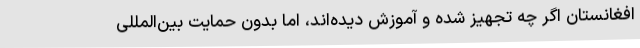
افغانستان اگر چه تجهیز شده و آموزش دیده‌اند، اما بدون حمایت بین‌المللی